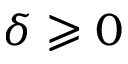
\delta \geqslant 0